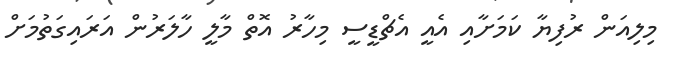
މިލިއަން ރުފިޔާ ކަމަށާއި އެއީ އެޗްޑީސީ މިހާރު އޮތް މާލީ ހާލަރުން އަރައިގަތުމަށް